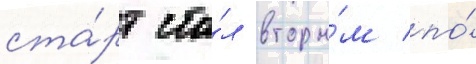
ста́рт ста́л вторы́м по́